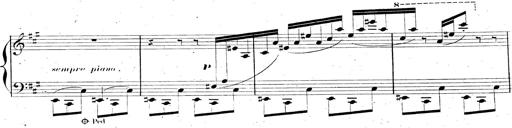
Title: AnnÃ©es de pÃ¨lerinage II, SupplÃ©ment
Composer: Franz Liszt